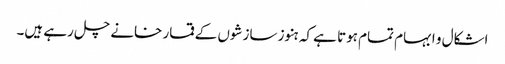
اشکال و ابہام تمام ہوتا ہے کہ ہنوز سازشوں کے قمار خانے چل رہے ہیں۔